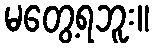
မတွေ့ရဘူး။